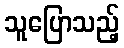
သူပြောသည့်